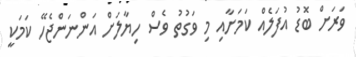
ވަރަށް ބޮޑު އުފަލެއް ކަމަށާއި މި ވަގުތު ވެސް ހިޔާލަށް އަންނަންޖެހޭ ކަމަކީ